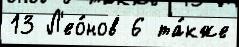
13 Л'ео́нов 6 та́кже